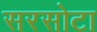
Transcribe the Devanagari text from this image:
सरसोटा